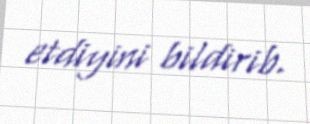
etdiyini bildirib.